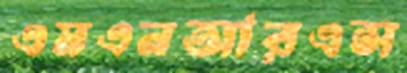
এমএনআরএস